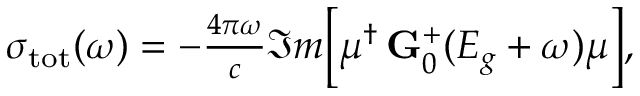
\begin{array} { r } { \sigma _ { \mathrm { t o t } } ( \omega ) = - \frac { 4 \pi \omega } { c } \Im m \Big [ \boldsymbol { \mu } ^ { \dagger } \, \mathbf { G } _ { 0 } ^ { + } ( E _ { g } + \omega ) \boldsymbol { \mu } \Big ] , } \end{array}